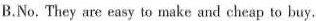
B.No. They are easy to make and cheap to buy.